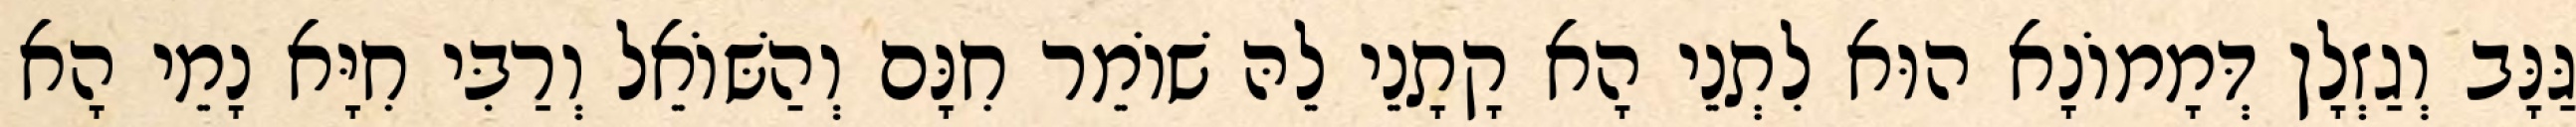
גַּנָּב וְגַזְלָן דְּמָמוֹנָא הוּא לִתְנֵי הָא קָתָנֵי לֵהּ שׁוֹמֵר חִנָּם וְהַשּׁוֹאֵל וְרַבִּי חִיָּא נָמֵי הָא